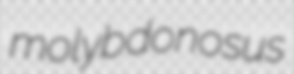
molybdonosus